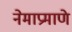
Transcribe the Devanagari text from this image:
नेमाप्रमाणे